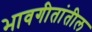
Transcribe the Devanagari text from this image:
भावगीतांतील